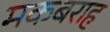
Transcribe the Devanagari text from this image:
मकबराह